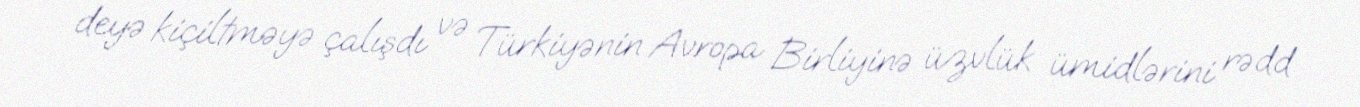
deyə kiçiltməyə çalışdı və Türkiyənin Avropa Birliyinə üzvlük ümidlərini rədd